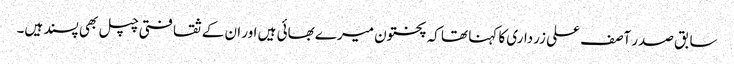
سابق صدر آصف علی زرداری کا کہنا تھا کہ پختون میرے بھائی ہیں اور ان کے ثقافتی چپل بھی پسند ہیں۔